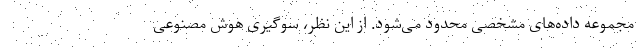
مجموعه داده‌های مشخصی محدود می‌شود. از این نظر، سوگیری هوش مصنوعی